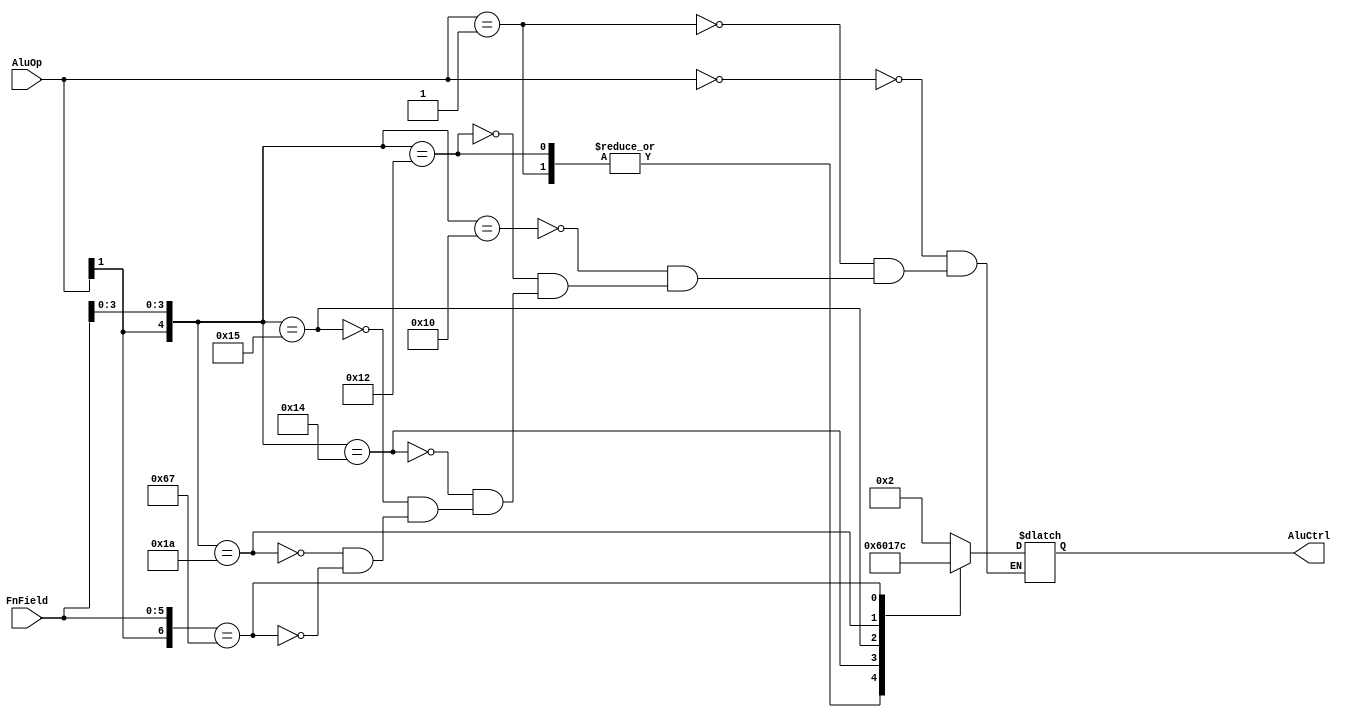
module alucontrol(AluOp,FnField,AluCtrl);

input [1:0] AluOp;
input [5:0] FnField; //for R-type instruction

output reg [3:0] AluCtrl;


always@(AluOp or FnField)begin
	casex({AluOp,FnField})
		8'b00_xxxxxx:AluCtrl=4'b0010; //lw / sw
		8'b01_xxxxxx:AluCtrl=4'b0110; //beq
		8'b1x_xx0000:AluCtrl=4'b0010; //add
		8'b1x_xx0010:AluCtrl=4'b0110; //sub
		8'b1x_xx0100:AluCtrl=4'b0000; //and
		8'b1x_xx0101:AluCtrl=4'b0001; //or
		8'b1x_xx1010:AluCtrl=4'b0111; //slt
		8'b1x_100111:AluCtrl=4'b1100; //NOR
	endcase
end

endmodule